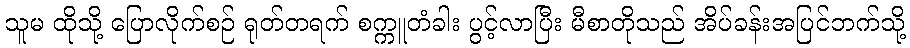
သူမ ထိုသို့ ပြောလိုက်စဉ် ရုတ်တရက် စက္ကူတံခါး ပွင့်လာပြီး မီစာတိုသည် အိပ်ခန်းအပြင်ဘက်သို့